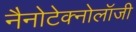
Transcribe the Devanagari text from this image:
नैनोटेक्नोलॉजी